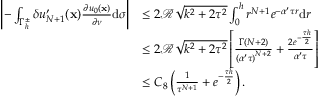
\begin{array} { r l } { \left| - \int _ { { \Gamma _ { h } ^ { \pm } } } \delta { u _ { N + 1 } ^ { \prime } ( \mathbf x ) { \frac { \partial { u _ { 0 } } ( \mathbf x ) } { \partial \nu } } } \mathrm d \sigma \right| } & { \leq 2 \mathcal { R } \sqrt { { k ^ { 2 } } + 2 { \tau ^ { 2 } } } \int _ { 0 } ^ { h } { { r ^ { N + 1 } } { e ^ { - \alpha ^ { \prime } \tau r } } \mathrm d r } } \\ & { \leq 2 \mathcal { R } \sqrt { { k ^ { 2 } } + 2 { \tau ^ { 2 } } } \left[ { \frac { \Gamma ( N + 2 ) } { { { ( \alpha ^ { \prime } \tau ) } ^ { N + 2 } } } } + { \frac { 2 { e ^ { - { \frac { \tau h } { 2 } } } } } { \alpha ^ { \prime } \tau } } \right] } \\ & { \leq C _ { 8 } \left( { \frac { 1 } { { \tau ^ { N + 1 } } } } + { { { e ^ { - { \frac { \tau h } { 2 } } } } } } \right) . } \end{array}